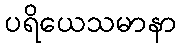
ပရိယေသမာနာ